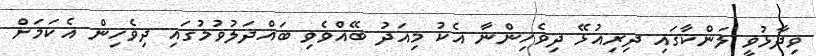
ވިދާޅުވީ ލަންކާގައި ދިރިއުޅޭ ދިވެހިންނާ އެކު މިއަދު ބޭއްވެވި ބައްދަލުވުމުގައި ދިވެހިން އެކަމަށް